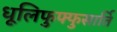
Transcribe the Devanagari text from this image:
धूलिफुफ्फुसार्ति